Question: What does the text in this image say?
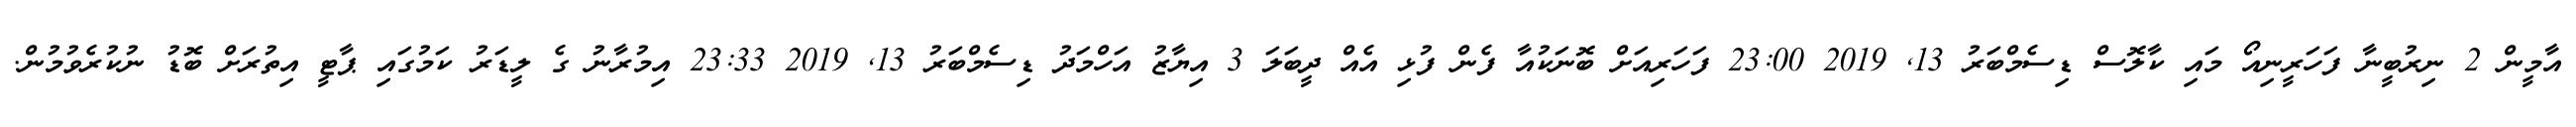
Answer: އާމީން 2 ނިރުބީނާ ފަހަރީނިއޯ މައި ކާލޮސް ޑިސެމްބަރު 13, 2019 23:00 ފަހަރިއަށް ބޮނަކުއާ ފެން ފުޅި އެއް ދީބަލަ 3 އިޔާޒު އަހްމަދު ޑިސެމްބަރު 13, 2019 23:33 އިމުރާނު ގެ ލީޑަރު ކަމުގައި ޕާޓީ އިތުރަށް ބޮޑު ނުކުރެވުމުން.